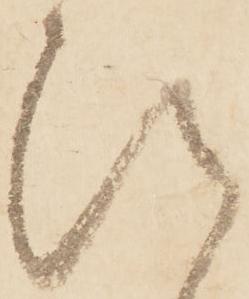
ひ